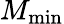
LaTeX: M_{\mathrm{min}}